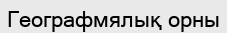
Географмялық орны